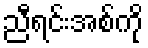
ညီရင်းအစ်ကို